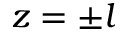
z = \pm l